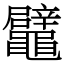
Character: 鼊